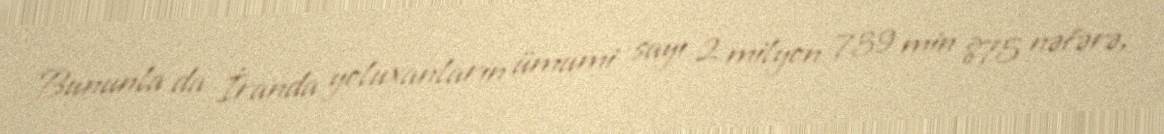
Bununla da İranda yoluxanların ümumi sayı 2 milyon 739 min 875 nəfərə,